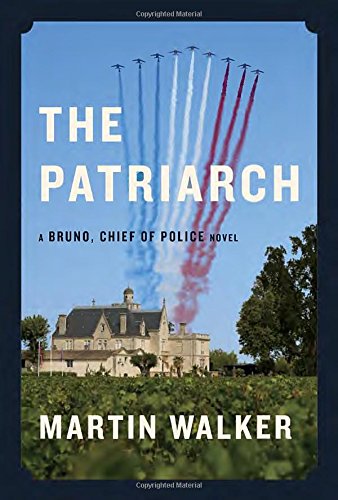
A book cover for The Patriarch: A Bruno, Chief of Police novel; Martin Walker; Mystery, Thriller & Suspense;